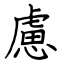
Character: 慮